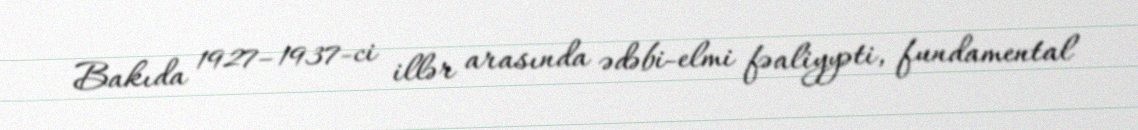
Bakıda 1927–1937-ci illər arasında ədəbi-elmi fəaliyyəti, fundamental